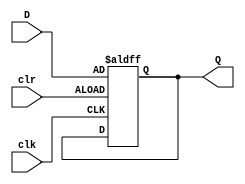
`timescale 1ns / 1ps
module DFF(D,clk,clr,Q);
  input [127:0] D;
  input clk,clr;
  output reg [127:0] Q=0;
  
  always @(posedge clk, negedge clr)
    begin
      if(~clr)
        Q=D;
    end
endmodule